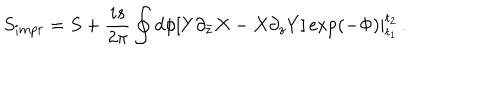
LaTeX: S _ { i m p r } = S + \frac { i s } { 2 \pi } \oint d \phi \left. \left[ Y \partial _ { \bar { z } } X - X \partial _ { z } Y \right] \exp ( - \Phi ) \right| _ { t _ { 1 } } ^ { t _ { 2 } } \, .